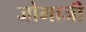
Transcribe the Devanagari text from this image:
जोमाजी